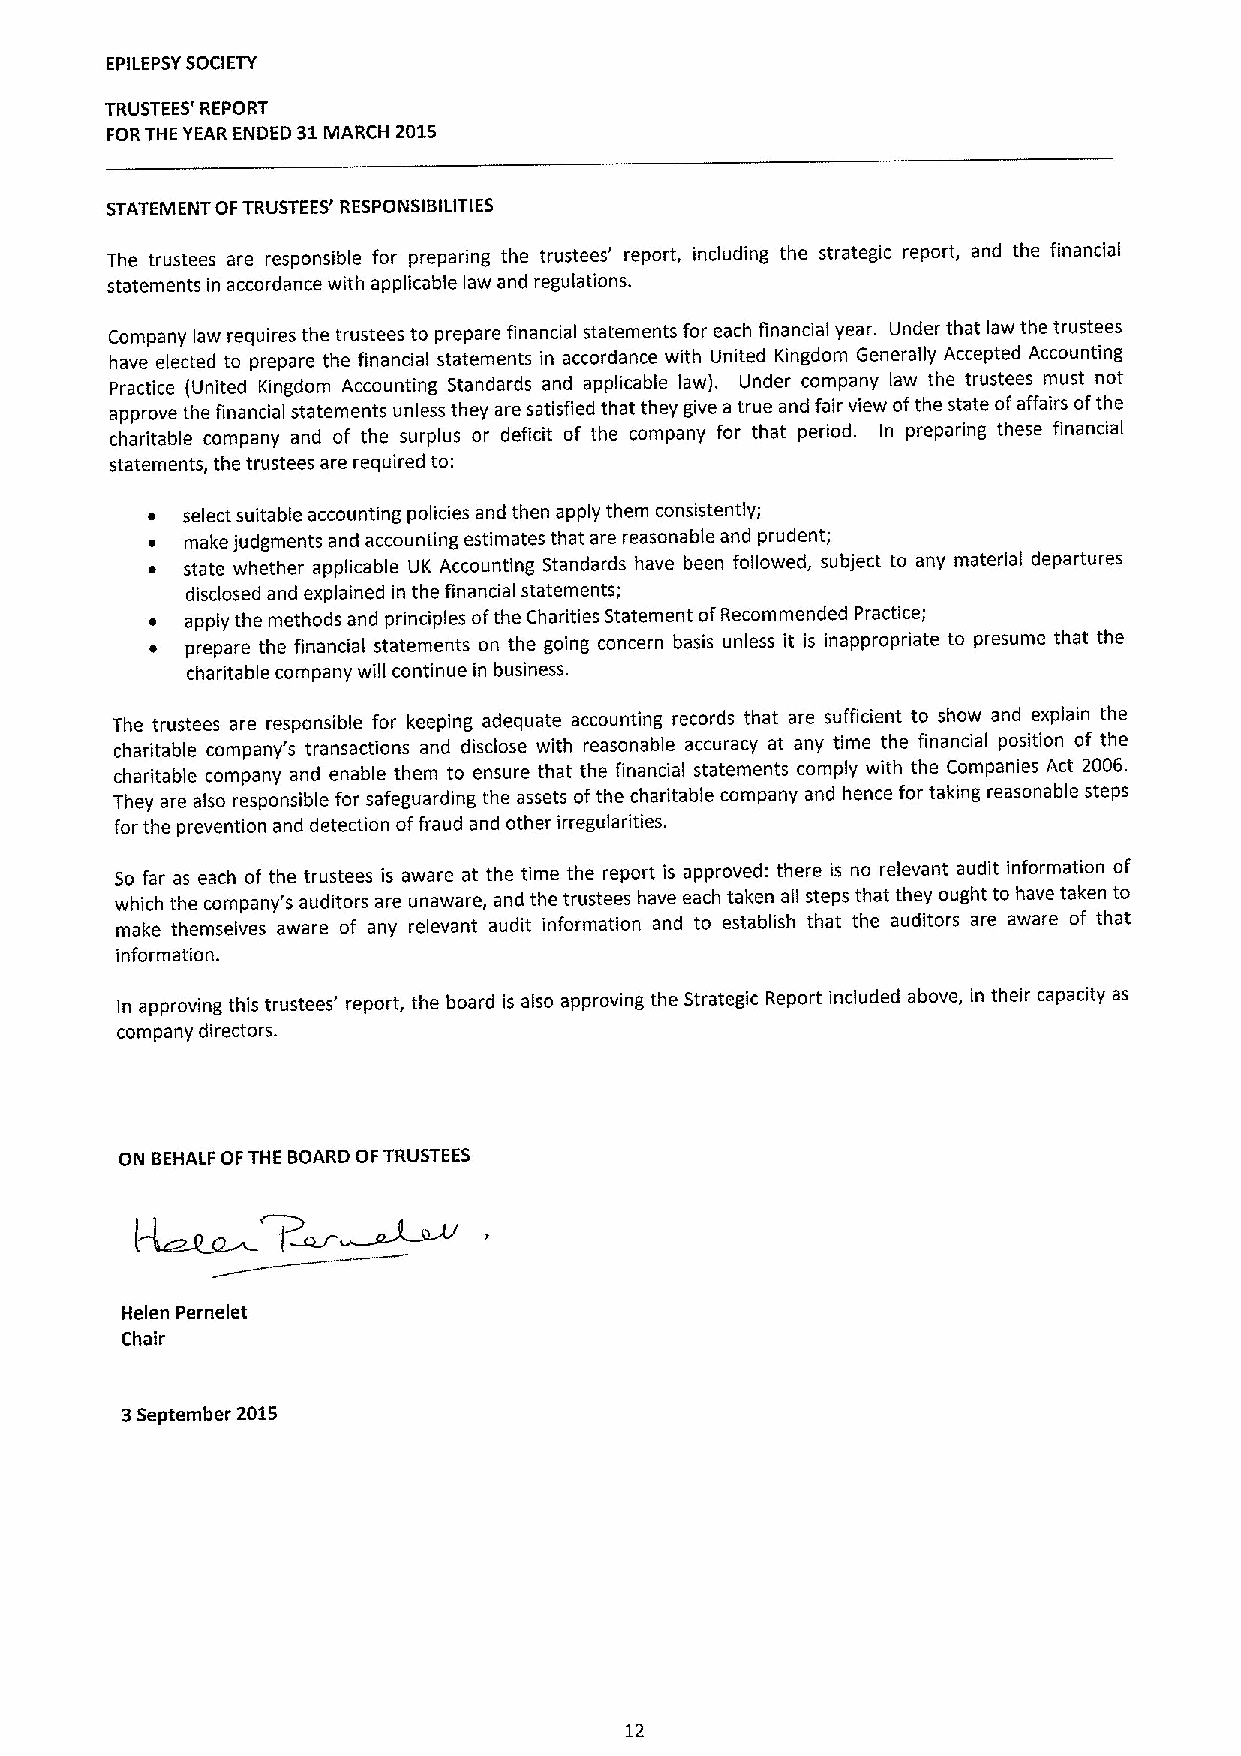
EPILEPSYSOCIETY
 TRUSTEES' REPORT
 FORTHE YEAR ENDED 31MARCH 2015
 STATEMENT OFTRUSTEES' RESPONSIBILITIES
 The trustees are responsible for preparing the trustees' report, including the strategic report, and the financial
 statements in accordance with applicable law and regulations.
 Company law requires the trustees to prepare financial statements for each financial year. Under that law the trustees
 have elected to prepare the financial statements in accordance with United Kingdom Generally Accepted Accounting
 Practice (United Kingdom Accounting Standards and applicable law). Under company law the trustees must not
 approve the financial statements unless they are satisfied that they give a true and fair view ofthe state ofaffairs ofthe
 charitable company and of the surplus or deficit of the company for that period. In preparing these financial
 statements, the trustees are required to:
 ~ select suitable accounting policies and then apply them consistently;
 ~ make judgments and accounting estimates that are reasonable and prudent;
 ~ state whether applicable UK Accounting Standards have been followed, subject to any material departures
 disclosed and explained in the financial statements;
 ~ apply the methods and principles ofthe Charities Statement ofRecommended Practice;
 ~ prepare the financial statements on the going concern basis unless it is inappropriate to presume that the
 charitable company will continue in business.
 The trustees are responsible for keeping adequate accounting records that are sufficient to show and explain the
 charitable company's transactions and disclose with reasonable accuracy at any time the financial position of the
 charitable company and enable them to ensure that the financial statements comply with the Companies Act 2006.
 They are also responsible for safeguarding the assets ofthe charitable company and hence for taking reasonable steps
 for the prevention and detection offraud and other irregularities.
 So far as each of the trustees is aware at the time the report is approved: there is no relevant audit information of
 which the company's auditors are unaware, and the trustees have each taken all steps that they ought to have taken to
 make themselves aware of any relevant audit information and to establish that the auditors are aware of that
 information.
 In approving this trustees' report, the board is also approving the Strategic Report included above, in their capacity as
 company directors.
 ON BEHALF OFTHE BOARD OFTRUSTEES
 Helen Pernelet
 Chair
 3September 2015
 12